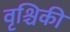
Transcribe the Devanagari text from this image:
वृश्चिकी